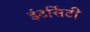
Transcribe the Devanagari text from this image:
इंटर्सिटी